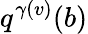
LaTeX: q^{\gamma(v)}(b)